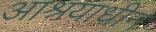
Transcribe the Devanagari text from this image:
आश्रयाधीन